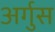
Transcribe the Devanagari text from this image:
अर्गुस